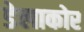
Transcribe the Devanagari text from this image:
डेलाकोर